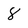
Character: 8